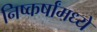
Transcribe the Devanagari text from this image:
निष्कर्षांमध्ये